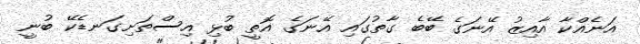
އަނެއްކާ އާއިޒު އޭނަގެ ބޭބެ ގާތުގައި އޭނަގެ އޮތީ ބުޅި އިސްތަށިގަނޑެކޭ ބުނީ